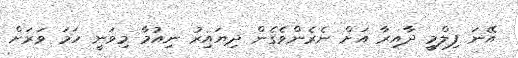
އޭނަ ފިލްމީ ދާއިރާ އަށް ނެރެންވެގެން ދިޔައިރު ނިއުމާ މިވަނީ ހަމަ ވަރަށް